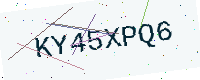
Text: KY45XPQ6